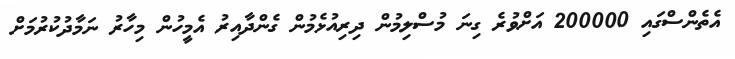
އެތެންސްގައި 200000 އަށްވުރެ ގިނަ މުސްލިމުން ދިރިއުޅެމުން ގެންދާއިރު އެމީހުން މިހާރު ނަމާދުކުރުމަށް